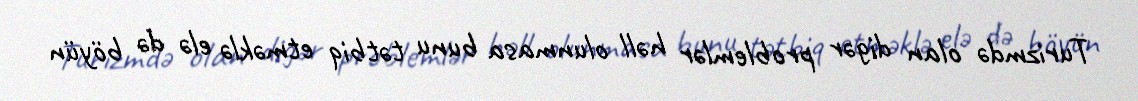
Turizmdə olan digər problemlər həll olunmasa bunu tətbiq etməklə elə də böyün